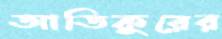
আতিকুরের